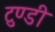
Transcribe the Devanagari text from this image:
टुण्डी